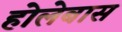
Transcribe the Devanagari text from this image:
होलेबास